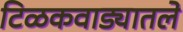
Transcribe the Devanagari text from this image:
टिळकवाड्यातले